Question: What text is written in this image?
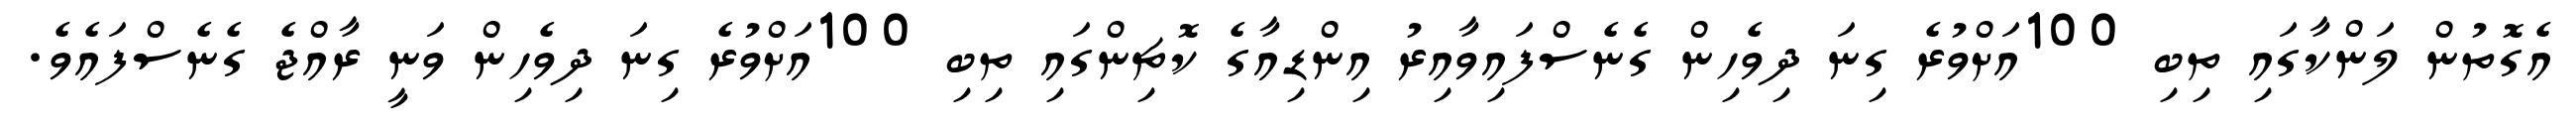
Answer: އެގޮތުން ލަންކާގައި ތިބި 100އަށްވުރެ ގިނަ ދިވެހިން ގެނެސްފައިވާއިރު އިންޑިއާގެ ކޮޗިންގައި ތިބި 100އަށްވުރެ ގިނަ ދިވެހިން ވަނީ ރާއްޖެ ގެނެސްފައެވެ.